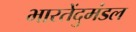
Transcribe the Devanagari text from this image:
भारतेंदुमंडल